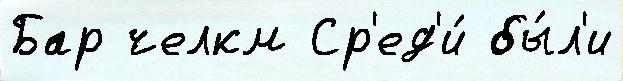
Бар челкм Ср'ед'и́ бы́л'и